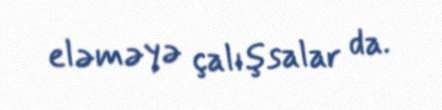
eləməyə çalışsalar da.